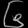
Digit: ၆